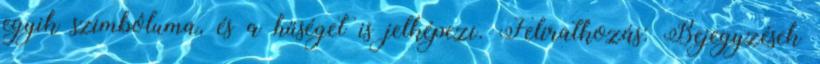
egyik szimbóluma, és a hűséget is jelképezi. Feliratkozás: Bejegyzések